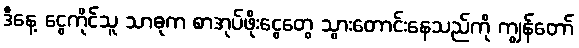
ဒီနေ့ ငွေကိုင်သူ သာဓုက စာအုပ်ဖိုးငွေတွေ သွားတောင်းနေသည်ကို ကျွန်တော်